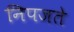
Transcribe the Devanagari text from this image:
निपजते